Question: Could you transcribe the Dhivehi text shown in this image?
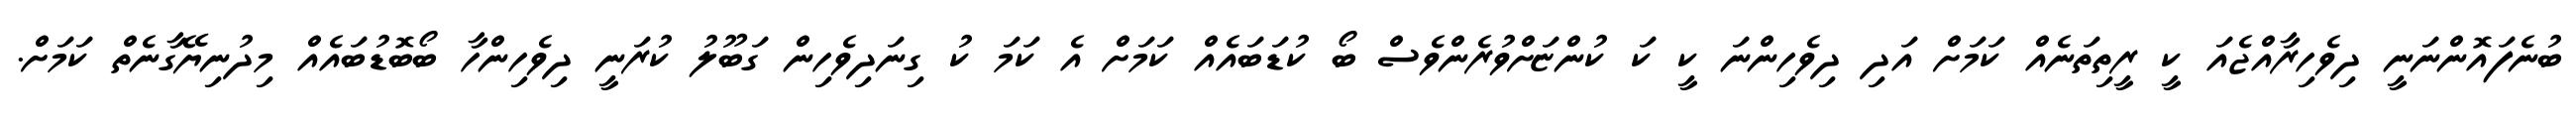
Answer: ބުނެފައޮންނަނީ ދިވެހިރާއްޖެއަ ކީ ރީތިތަނެއް ކަމަށް އަދި ދިވެހިންނަ ކީ ކަ ކުންޏަށްވުރެންވެސް ބޯ ކުޑަބައެއް ކަމަށް އެ ކަމަ ކު ގިނަދިވެހިން ގަބޫލު ކުރަނީ ދިވެހިންހާ ބޯބޮޑުބައެއް މިދުނިޔޭގާނެތް ކަމަށް.